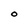
Character: O